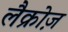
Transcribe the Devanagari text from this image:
लैक्रोज़